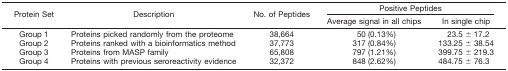
| <ROWSPAN=2> Protein Set | <ROWSPAN=2> Description | <ROWSPAN=2> No. of Peptides | <COLSPAN=2> Positive Peptides |
 | Average signal in all chips | In single chip |
 | --- | --- | --- | --- | --- |
 | Group 1 | Proteins picked randomly from the proteome | 38,664 | 50 (0.13%) | 23.5 ± 17.2 |
 | Group 2 | Proteins ranked with a bioinformatics method | 37,773 | 317 (0.84%) | 133.25 ± 38.54 |
 | Group 3 | Proteins from MASP family | 65,808 | 797 (1.21%) | 399.75 ± 219.3 |
 | Group 4 | Proteins with previous seroreactivity evidence | 32,372 | 848 (2.62%) | 484.75 ± 76.3 |